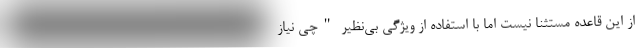
از این قاعده مستثنا نیست اما با استفاده از ویژگی بی‌نظیر "چی نیاز